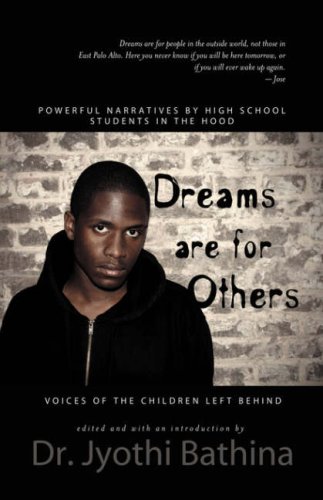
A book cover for DREAMS ARE FOR OTHERS: Voices of the Children Left Behind - Powerful Narratives by High School Students in the Hood; Teen & Young Adult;